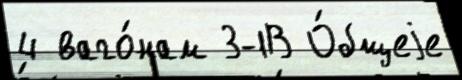
4 ваго́нам 3-1В О́бщеjе